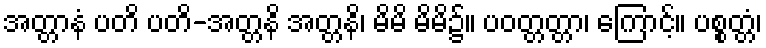
အတ္တာနံ ပတိ ပတိ-အတ္တနိ အတ္တနိ၊ မိမိ မိမိ၌။ ပဝတ္တတ္တာ၊ ကြောင့်။ ပစ္စတ္တံ၊